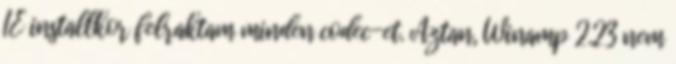
IE installkor felraktam minden codec-et. Aztan, Winamp 2.23 nem